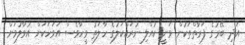
އަދި ބޭރުގެ ފަރާތްތަކުން ވަނީ ކުއްލި ނުރައްކަލުގެ ހާލަތު ވީހާވެސް އަވަހަކަށް އުވާލުމަށް